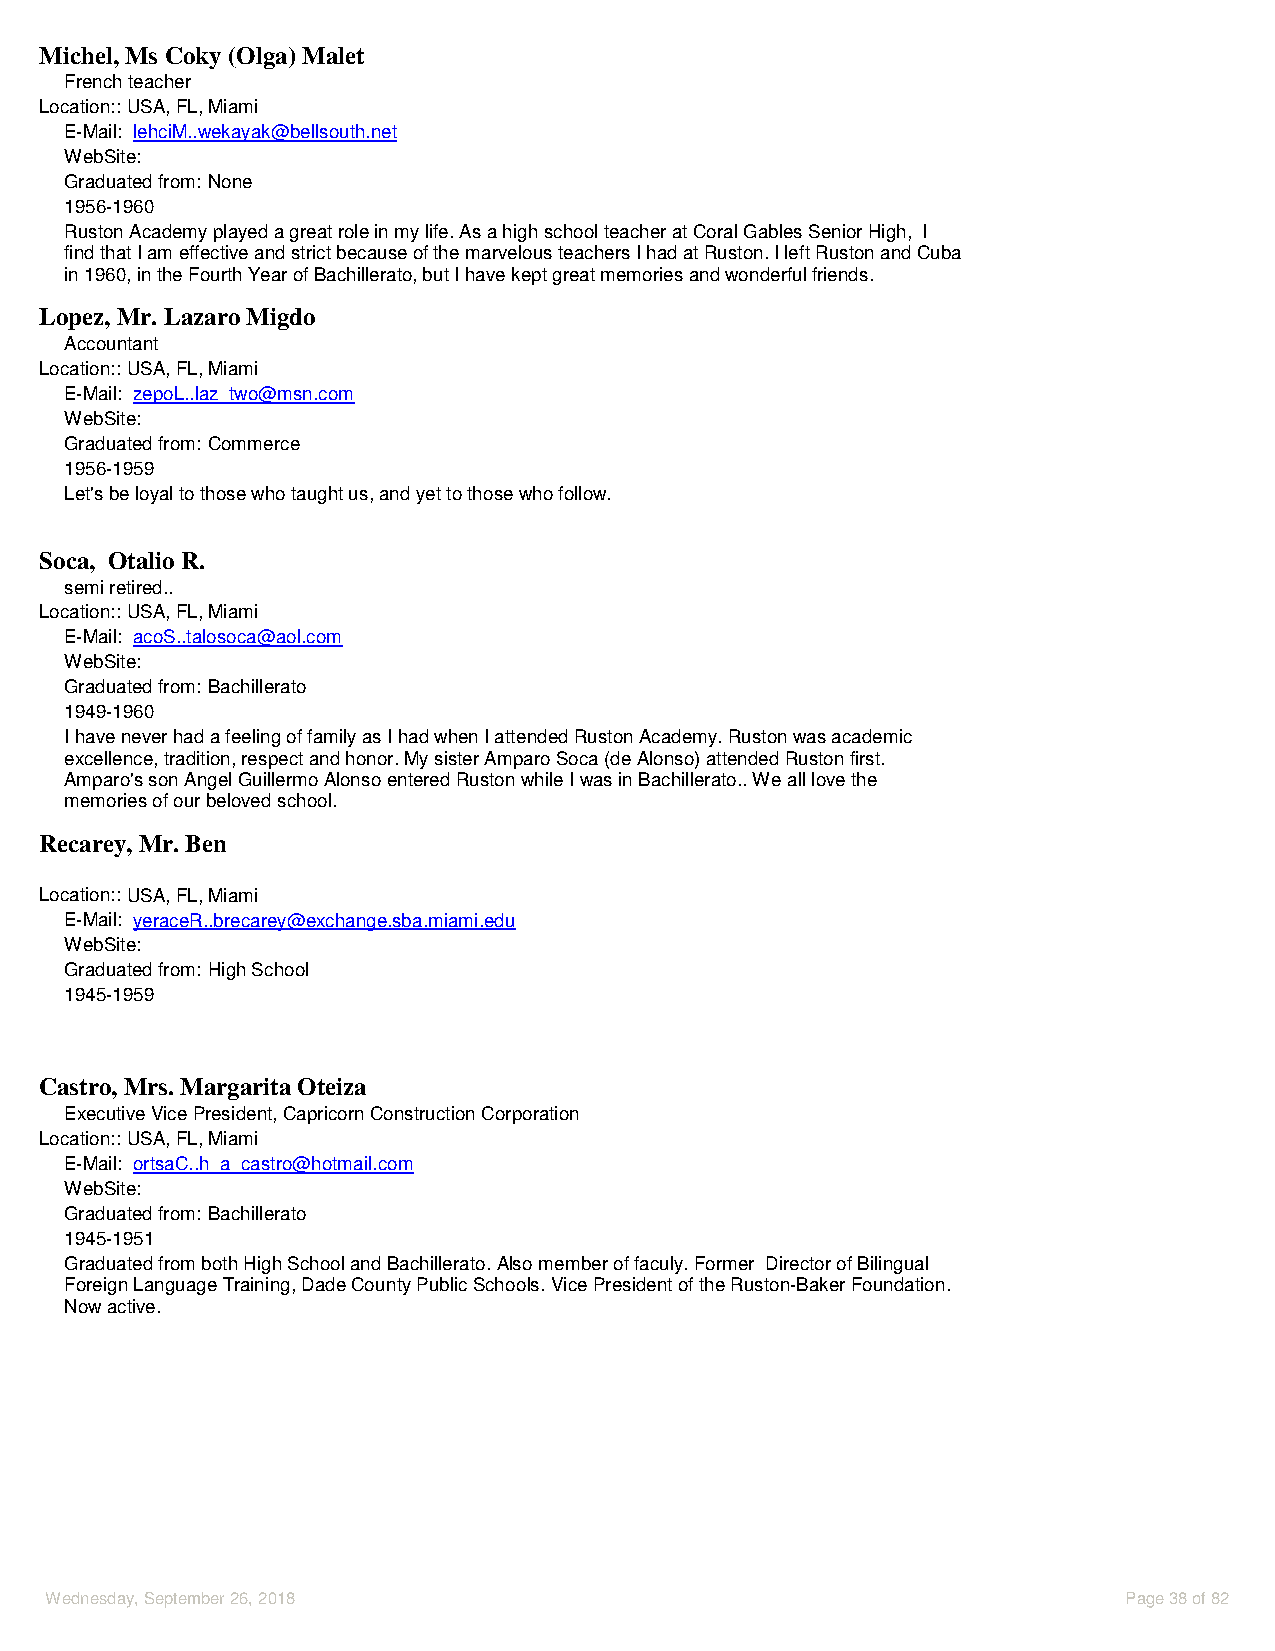
Michel, Ms Coky (Olga) Malet
 French teacher
 Location::USA, FL, Miami
 E-Mail: lehciM..wekayak@bellsouth.net
 WebSite:
 Graduated from: None
 1956-1960
 Ruston Academy played a great role in my life. As a high school teacher at Coral Gables Senior High, I
 find that I am effective and strict because of the marvelous teachers I had at Ruston. I left Ruston and Cuba
 in 1960, in the Fourth Year of Bachillerato, but I have kept great memories and wonderful friends.
 Lopez, Mr. Lazaro Migdo
 Accountant
 Location::USA, FL, Miami
 E-Mail: zepoL..laz_two@msn.com
 WebSite:
 Graduated from: Commerce
 1956-1959
 Let's be loyal to those who taught us, and yet to those who follow.
 Soca, Otalio R.
 semi retired..
 Location::USA, FL, Miami
 E-Mail: acoS..talosoca@aol.com
 WebSite:
 Graduated from: Bachillerato
 1949-1960
 I have never had a feeling of family as I had when I attended Ruston Academy. Ruston was academic
 excellence, tradition, respect and honor. My sister Amparo Soca (de Alonso) attended Ruston first.
 Amparo's son Angel Guillermo Alonso entered Ruston while I was in Bachillerato.. We all love the
 memories of our beloved school.
 Recarey, Mr. Ben
 Location::USA, FL, Miami
 E-Mail: yeraceR..brecarey@exchange.sba.miami.edu
 WebSite:
 Graduated from: High School
 1945-1959
 Castro, Mrs. Margarita Oteiza
 Executive Vice President, Capricorn Construction Corporation
 Location::USA, FL, Miami
 E-Mail: ortsaC..h_a_castro@hotmail.com
 WebSite:
 Graduated from: Bachillerato
 1945-1951
 Graduated from both High School and Bachillerato. Also member of faculy. Former Director of Bilingual
 Foreign Language Training, Dade County Public Schools. Vice President of the Ruston-Baker Foundation.
 Now active.
 Wednesday, September 26, 2018                                           Page 38 of 82